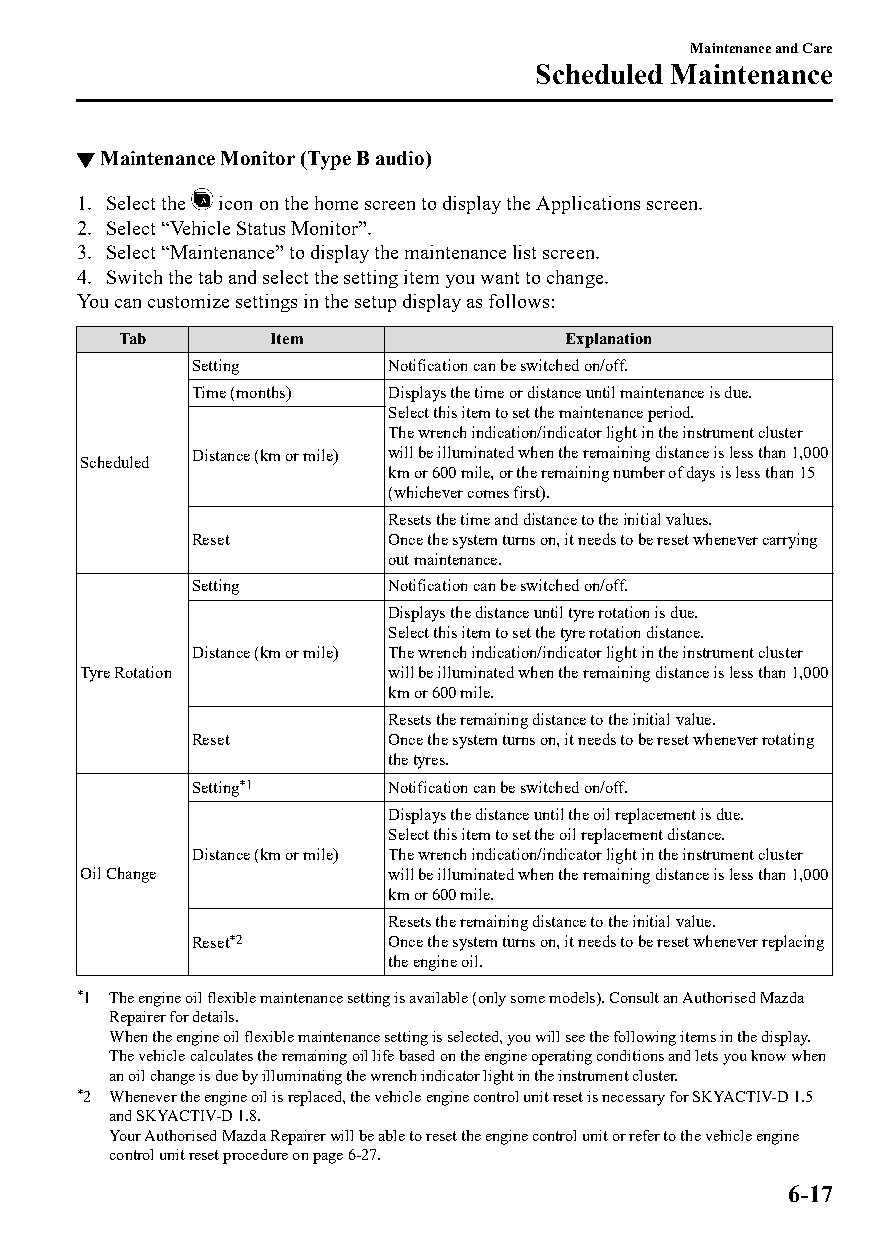
Maintenance and Care
 Scheduled Maintenance
 ▼Maintenance Monitor (Type B audio)
 1. Select the icon on the home screen to display the Applications screen.
 2. Select “Vehicle Status Monitor”.
 3. Select “Maintenance” to display the maintenance list screen.
 4. Switch the tab and select the setting item you want to change.
 You can customize settings in the setup display as follows:
 Tab       Item               Explanation
 Setting      Notification can be switched on/off.
 Time (months) Displays the time or distance until maintenance is due.
 Select this item to set the maintenance period.
 The wrench indication/indicator light in the instrument cluster
 Distance (km or mile) will be illuminated when the remaining distance is less than 1,000
 Scheduled
 km or 600 mile, or the remaining number of days is less than 15
 (whichever comes first).
 Resets the time and distance to the initial values.
 Reset        Once the system turns on, it needs to be reset whenever carrying
 out maintenance.
 Setting      Notification can be switched on/off.
 Displays the distance until tyre rotation is due.
 Select this item to set the tyre rotation distance.
 Distance (km or mile) The wrench indication/indicator light in the instrument cluster
 Tyre Rotation       will be illuminated when the remaining distance is less than 1,000
 km or 600 mile.
 Resets the remaining distance to the initial value.
 Reset        Once the system turns on, it needs to be reset whenever rotating
 the tyres.
 Setting*1    Notification can be switched on/off.
 Displays the distance until the oil replacement is due.
 Select this item to set the oil replacement distance.
 Distance (km or mile) The wrench indication/indicator light in the instrument cluster
 Oil Change          will be illuminated when the remaining distance is less than 1,000
 km or 600 mile.
 Resets the remaining distance to the initial value.
 Reset*2      Once the system turns on, it needs to be reset whenever replacing
 the engine oil.
 *1 The engine oil flexible maintenance setting is available (only some models). Consult an Authorised Mazda
 Repairer for details.
 When the engine oil flexible maintenance setting is selected, you will see the following items in the display.
 The vehicle calculates the remaining oil life based on the engine operating conditions and lets you know when
 an oil change is due by illuminating the wrench indicator light in the instrument cluster.
 *2 Whenever the engine oil is replaced, the vehicle engine control unit reset is necessary for SKYACTIV-D 1.5
 and SKYACTIV-D 1.8.
 Your Authorised Mazda Repairer will be able to reset the engine control unit or refer to the vehicle engine
 control unit reset procedure on page 6-27.
 6-17
 CX-3_8GT4-EE-18D_Edition4                  2018-9-6 18:32:19